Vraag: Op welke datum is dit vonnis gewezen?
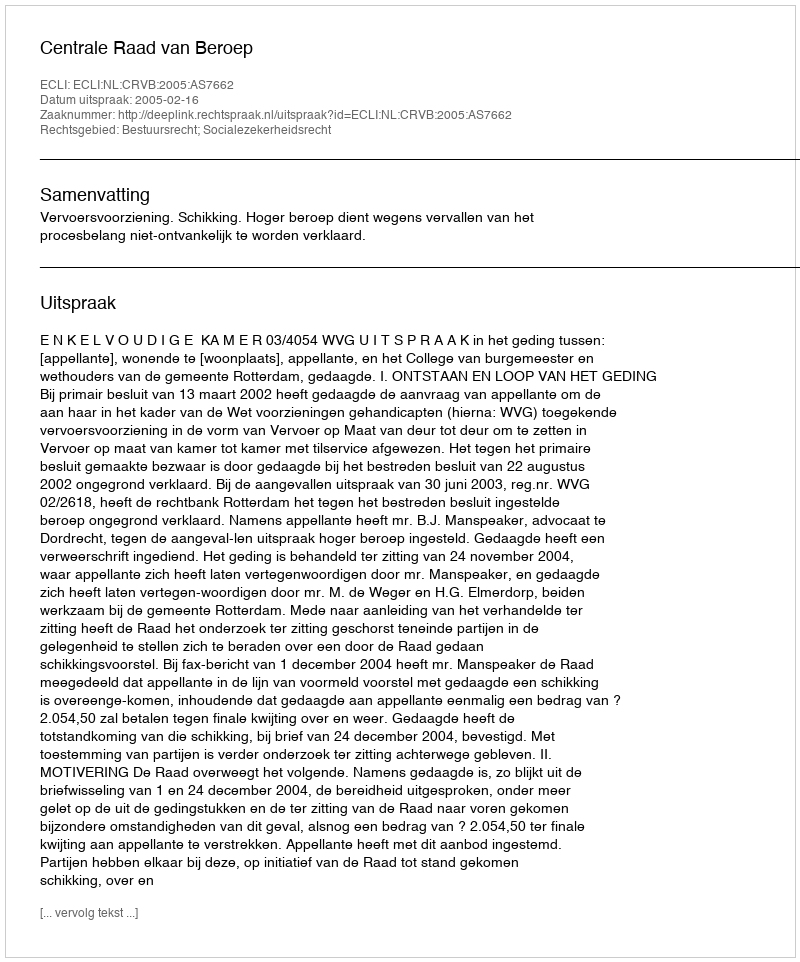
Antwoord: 2005-02-16